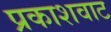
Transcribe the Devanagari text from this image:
प्रकाशवाट